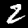
Digit: 2